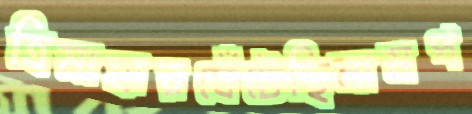
ত্রিমাত্রারঘেঁটেছিলামপ